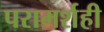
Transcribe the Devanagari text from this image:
परामर्शही